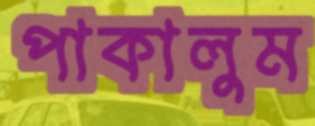
পাকালুম